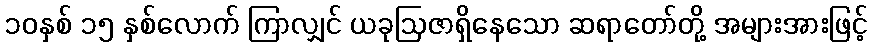
၁၀နှစ် ၁၅ နှစ်လောက် ကြာလျှင် ယခုဩဇာရှိနေသော ဆရာတော်တို့ အများအားဖြင့်